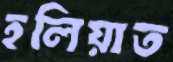
হলিয়াত